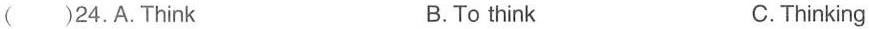
( )24.A.Think B.To think C.Thinking